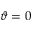
\vartheta = 0